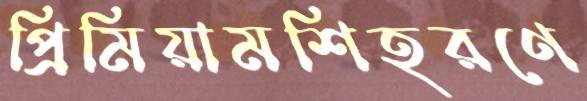
প্রিমিয়ামশিহরণে